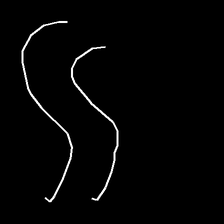
Glyph: float